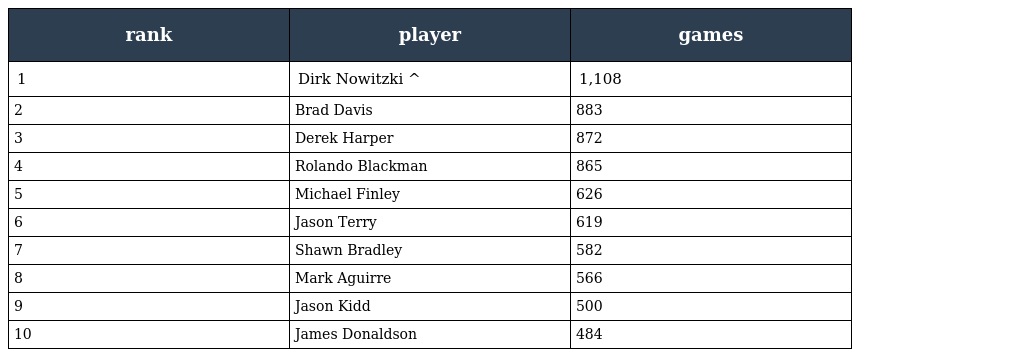
| rank | player | games |
 | --- | --- | --- |
 | 1 | Dirk Nowitzki ^ | 1,108 |
 | 2 | Brad Davis | 883 |
 | 3 | Derek Harper | 872 |
 | 4 | Rolando Blackman | 865 |
 | 5 | Michael Finley | 626 |
 | 6 | Jason Terry | 619 |
 | 7 | Shawn Bradley | 582 |
 | 8 | Mark Aguirre | 566 |
 | 9 | Jason Kidd | 500 |
 | 10 | James Donaldson | 484 |